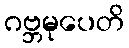
ဂဗ္ဘမုပေတိ